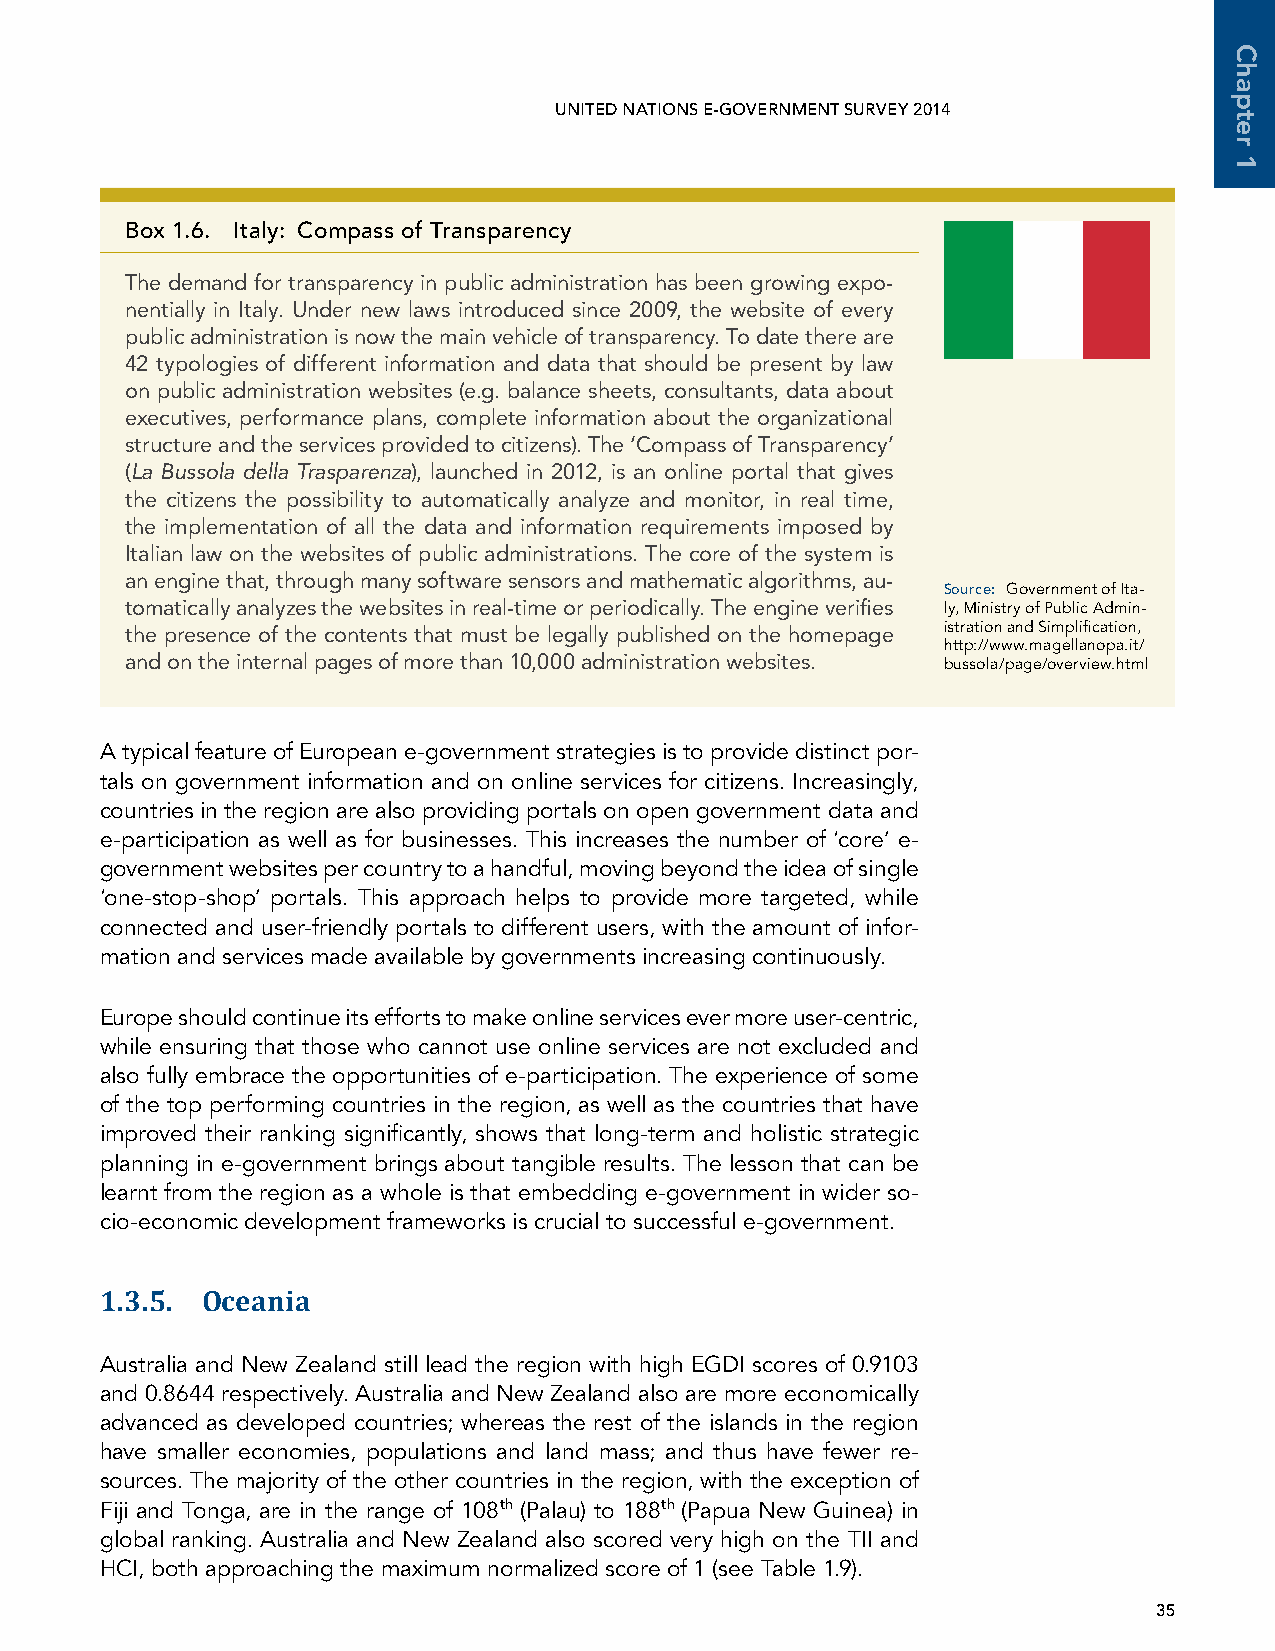
UNITED NATIONS E-GOVERNMENT SURVEY 2014
 box 1.6. Italy: compass of Transparency
 The demand for transparency in public administration has been growing expo-
 nentially in Italy. Under new laws introduced since 2009, the website of every
 public administration is now the main vehicle of transparency. To date there are
 42 typologies of different information and data that should be present by law
 on public administration websites (e.g. balance sheets, consultants, data about
 executives, performance plans, complete information about the organizational
 structure and the services provided to citizens). The ‘Compass of Transparency’
 (La Bussola della Trasparenza), launched in 2012, is an online portal that gives
 the citizens the possibility to automatically analyze and monitor, in real time,
 the implementation of all the data and information requirements imposed by
 Italian law on the websites of public administrations. The core of the system is
 an engine that, through many software sensors and mathematic algorithms, au-
 Source: Government of Ita-
 tomatically analyzes the websites in real-time or periodically. The engine verifies ly, Ministry of Public Admin-
 the presence of the contents that must be legally published on the homepage istration and Simplification,
 http://www.magellanopa.it/
 and on the internal pages of more than 10,000 administration websites. bussola/page/overview.html
 A typical feature of European e-government strategies is to provide distinct por-
 tals on government information and on online services for citizens. Increasingly,
 countries in the region are also providing portals on open government data and
 e-participation as well as for businesses. This increases the number of ‘core’ e-
 government websites per country to a handful, moving beyond the idea of single
 ‘one-stop-shop’ portals. This approach helps to provide more targeted, while
 connected and user-friendly portals to different users, with the amount of infor-
 mation and services made available by governments increasing continuously.
 Europe should continue its efforts to make online services ever more user-centric,
 while ensuring that those who cannot use online services are not excluded and
 also fully embrace the opportunities of e-participation. The experience of some
 of the top performing countries in the region, as well as the countries that have
 improved their ranking significantly, shows that long-term and holistic strategic
 planning in e-government brings about tangible results. The lesson that can be
 learnt from the region as a whole is that embedding e-government in wider so-
 cio-economic development frameworks is crucial to successful e-government.
 1.3.5. Oceania
 Australia and New Zealand still lead the region with high EGDI scores of 0.9103
 and 0.8644 respectively. Australia and New Zealand also are more economically
 advanced as developed countries; whereas the rest of the islands in the region
 have smaller economies, populations and land mass; and thus have fewer re-
 sources. The majority of the other countries in the region, with the exception of
 Fiji and Tonga, are in the range of 108th (Palau) to 188th (Papua New Guinea) in
 global ranking. Australia and New Zealand also scored very high on the TII and
 HCI, both approaching the maximum normalized score of 1 (see Table 1.9).
 35
 Chapter
 1